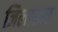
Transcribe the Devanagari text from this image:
जिलास्तर